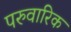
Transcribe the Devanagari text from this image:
परुवारिक